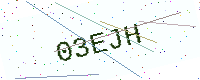
Text: 03EJH